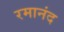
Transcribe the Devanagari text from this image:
रमानंद